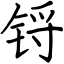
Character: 锊